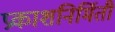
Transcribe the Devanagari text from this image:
प्रकाशनिर्मिती